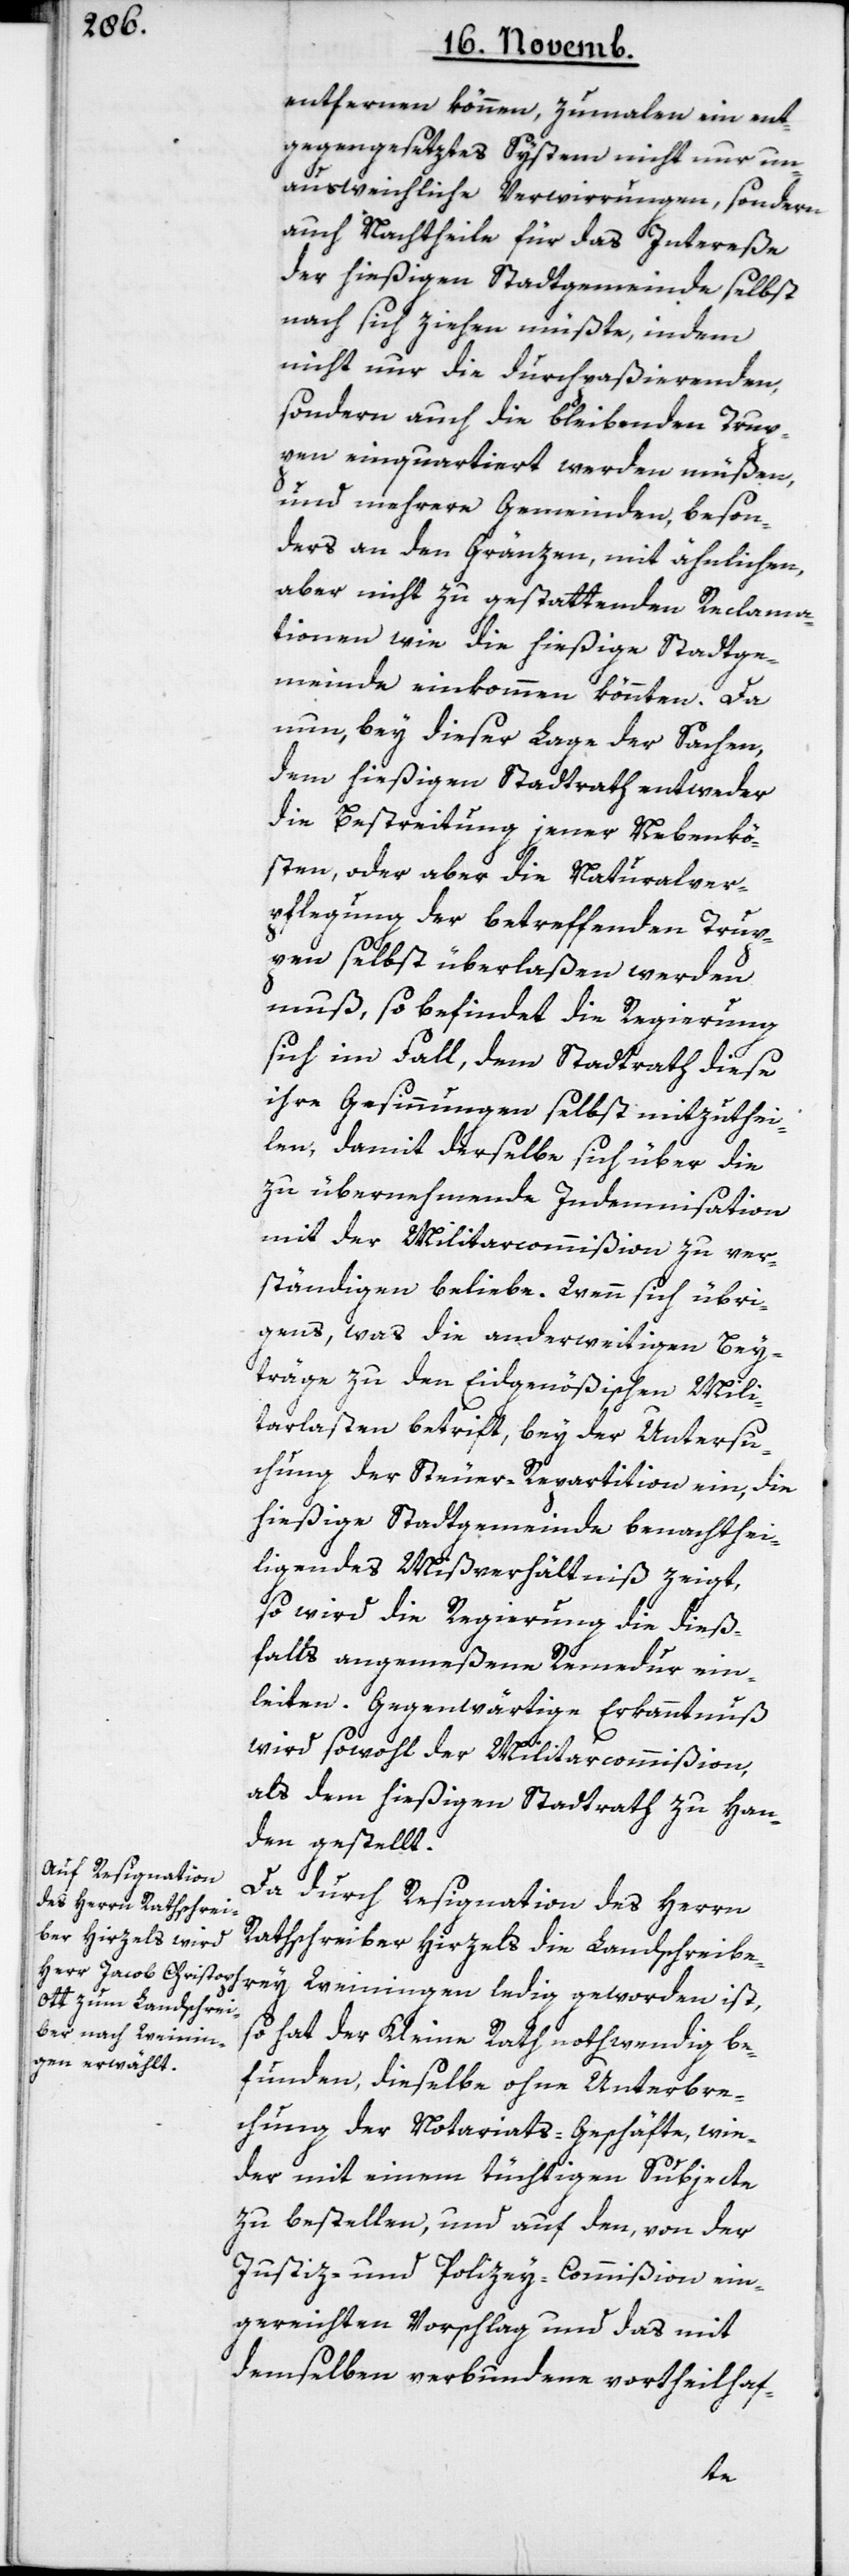
entfernen können, zumalen ein ent¬
gegengesetztes System nicht nur un¬
ausweichliche Verwirrungen, sondern
auch Nachtheile für das Intereße
der hießigen Stadtgemeinde selbst
nach sich ziehen müßte, indem
nicht nur die durchpaßierenden,
sondern auch die bleibenden Trup¬
pen einquartiert werden müßen,
und mehrere Gemeinden, beson¬
ders an den Gränzen, mit ähnlichen,
aber nicht zu gestattenden Reclama¬
tionen wie die hießige Stadtge¬
meinde einkommen könnten. Da
nun, bey dieser Lage der Sachen,
dem hießigen Stadtrath entweder
die Bestreitung jener Nebenkö¬
sten, oder aber die Naturalver¬
pflegung der betreffenden Trup¬
pen selbst überlaßen werden
muß, so befindet die Regierung
sich im Fall, dem Stadtrath diese
ihre Gesinnungen selbst mitzuthei¬
len, damit derselbe sich über die
zu übernehmende Indemnisation
mit der Militarcommißion zu ver¬
ständigen beliebe. Wenn sich übri¬
gens, was die anderweitigen Bey¬
träge zu den Eidgenößischen Mili¬
tarlasten betrifft, bey der Untersu¬
chung der Steuer-Repartition ein, die
hießige Stadtgemeinde benachthei¬
ligendes Mißverhältniß zeigt,
so wird die Regierung die dieß¬
falls angemeßene Remedur ein¬
leiten. Gegenwärtige Erkanntnuß
wird sowohl der Militarcommißion
als dem hießigen Stadtrath zu Han¬
den gestellt.
Da durch Resignation des Herrn
Rathschreiber Hirzels die Landschreibe¬
rey Weiningen ledig geworden ist,
so hat der Kleine Rath nothwendig be¬
funden, dieselbe ohne Unterbre¬
chung der Notariats-Geschäfte, wie¬
der mit einem tüchtigen Subjecte
zu bestellen, und auf den, von der
Justiz- und Polizey-Commißion ein¬
gereichten Vorschlag und das mit
demselben verbundene vortheilhaf-